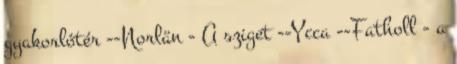
gyakorlótér --Norlän - A sziget --Ycca --Fatholl - a